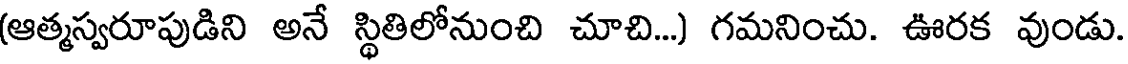
(ఆత్మస్వరూపుడిని అనే స్థితిలోనుంచి చూచి...) గమనించు. ఊరక వుండు.